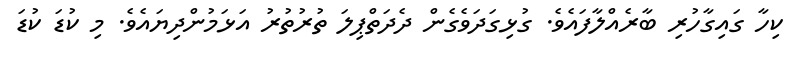
ކިހާ ގައިގާހުރި ބާރެއްލާފައެވެ. ގުޅިގަދަވެގެން ދެދަތްޕިލަ ތުރުތުރު އަޅަމުންދިޔައެވެ. މި ކުޑަ ކުޑަ